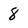
Character: 8